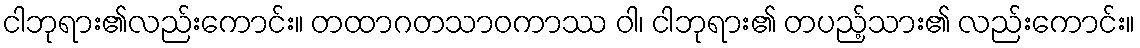
ငါဘုရား၏လည်းကောင်း။ တထာဂတသာဝကာဿ ဝါ၊ ငါဘုရား၏ တပည့်သား၏ လည်းကောင်း။